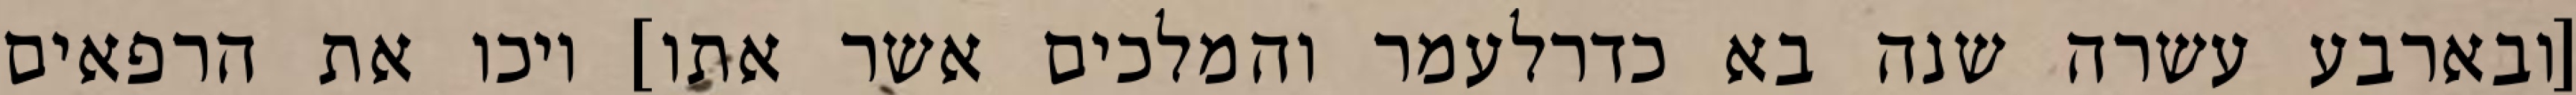
[ובארבע עשרה שנה בא כדרלעמר והמלכים אשר אתו] ויכו את הרפאים